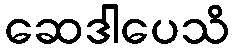
ဆေဒါပေသိ